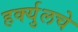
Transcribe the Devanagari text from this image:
हर्क्युलचे